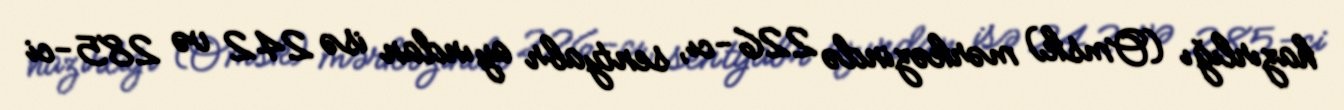
hazırlığı (Omsk) mərkəzində 226-cı, sentyabr ayından isə 242 və 285-ci